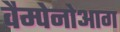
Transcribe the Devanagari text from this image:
वैम्पेनोआग